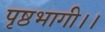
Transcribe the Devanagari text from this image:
पृष्ठभागी।।